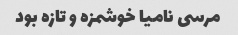
مرسی نامیا خوشمزه و تازه بود